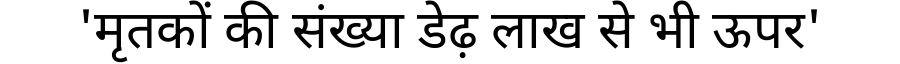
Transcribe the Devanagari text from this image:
'मृतकों की संख्या डेढ़ लाख से भी ऊपर'